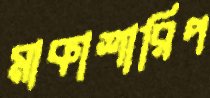
মাকাশারিপ